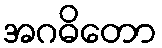
အဂဓိတော